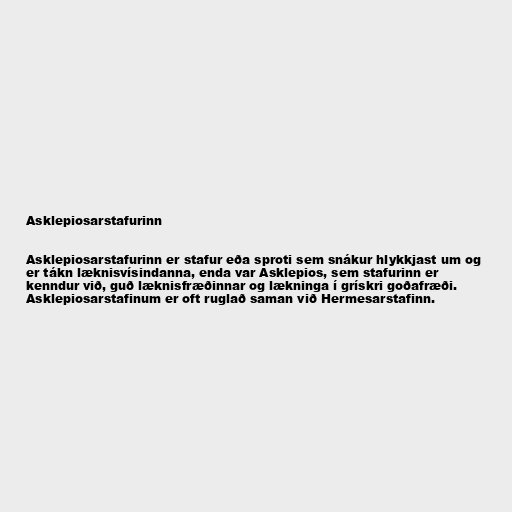
Asklepiosarstafurinn

Asklepiosarstafurinn er stafur eða sproti sem snákur hlykkjast um og
er tákn læknisvísindanna, enda var Asklepios, sem stafurinn er
kenndur við, guð læknisfræðinnar og lækninga í grískri goðafræði.
Asklepiosarstafinum er oft ruglað saman við Hermesarstafinn.